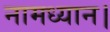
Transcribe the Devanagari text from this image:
नामध्यान।